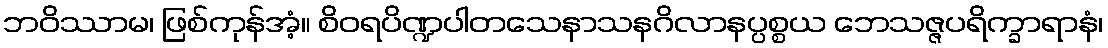
ဘဝိဿာမ၊ ဖြစ်ကုန်အံ့။ စိဝရပိဏ္ဍပါတသေနာသနဂိလာနပ္ပစ္စယ ဘေသဇ္ဇပရိက္ခာရာနံ၊